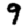
Digit: 9